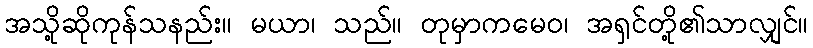
အသို့ဆိုကုန်သနည်း။ မယာ၊ သည်။ တုမှာကမေဝ၊ အရှင်တို့၏သာလျှင်။